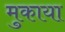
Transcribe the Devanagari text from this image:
मुकाया